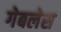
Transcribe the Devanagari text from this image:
गेबलेस